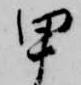
甲